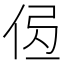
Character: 𰂄